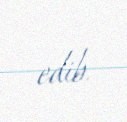
edib.